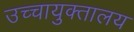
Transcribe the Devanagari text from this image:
उच्चायुक्तालय